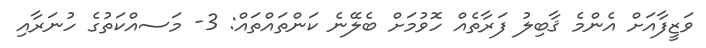
ވަޒީފާއަށް އެންމެ ޤާބިލު ފަރާތެއް ހޮވުމަށް ބެލޭނެ ކަންތައްތައް: 3- މަސއްކަތުގެ ހުނަރާއި